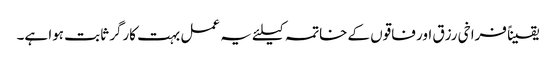
یقیناً فراخی رزق اور فاقوں کے خاتمہ کیلئے یہ عمل بہت کارگر ثابت ہوا ہے۔